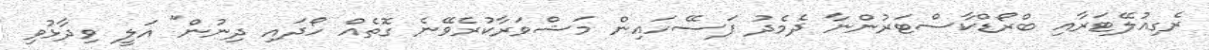
ރެގިއުލޭޓަރާއި ބްރޯޑްކާސްޓަރުންނާ ދެމެދު ފަސޭހައިން މަޝްވަރާކުރެވޭނެ ގޮތެއް ހޯދައި ދިނުން" އަލީ ވިދާޅުވި